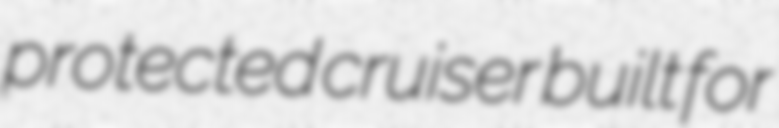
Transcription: protected cruiser built for